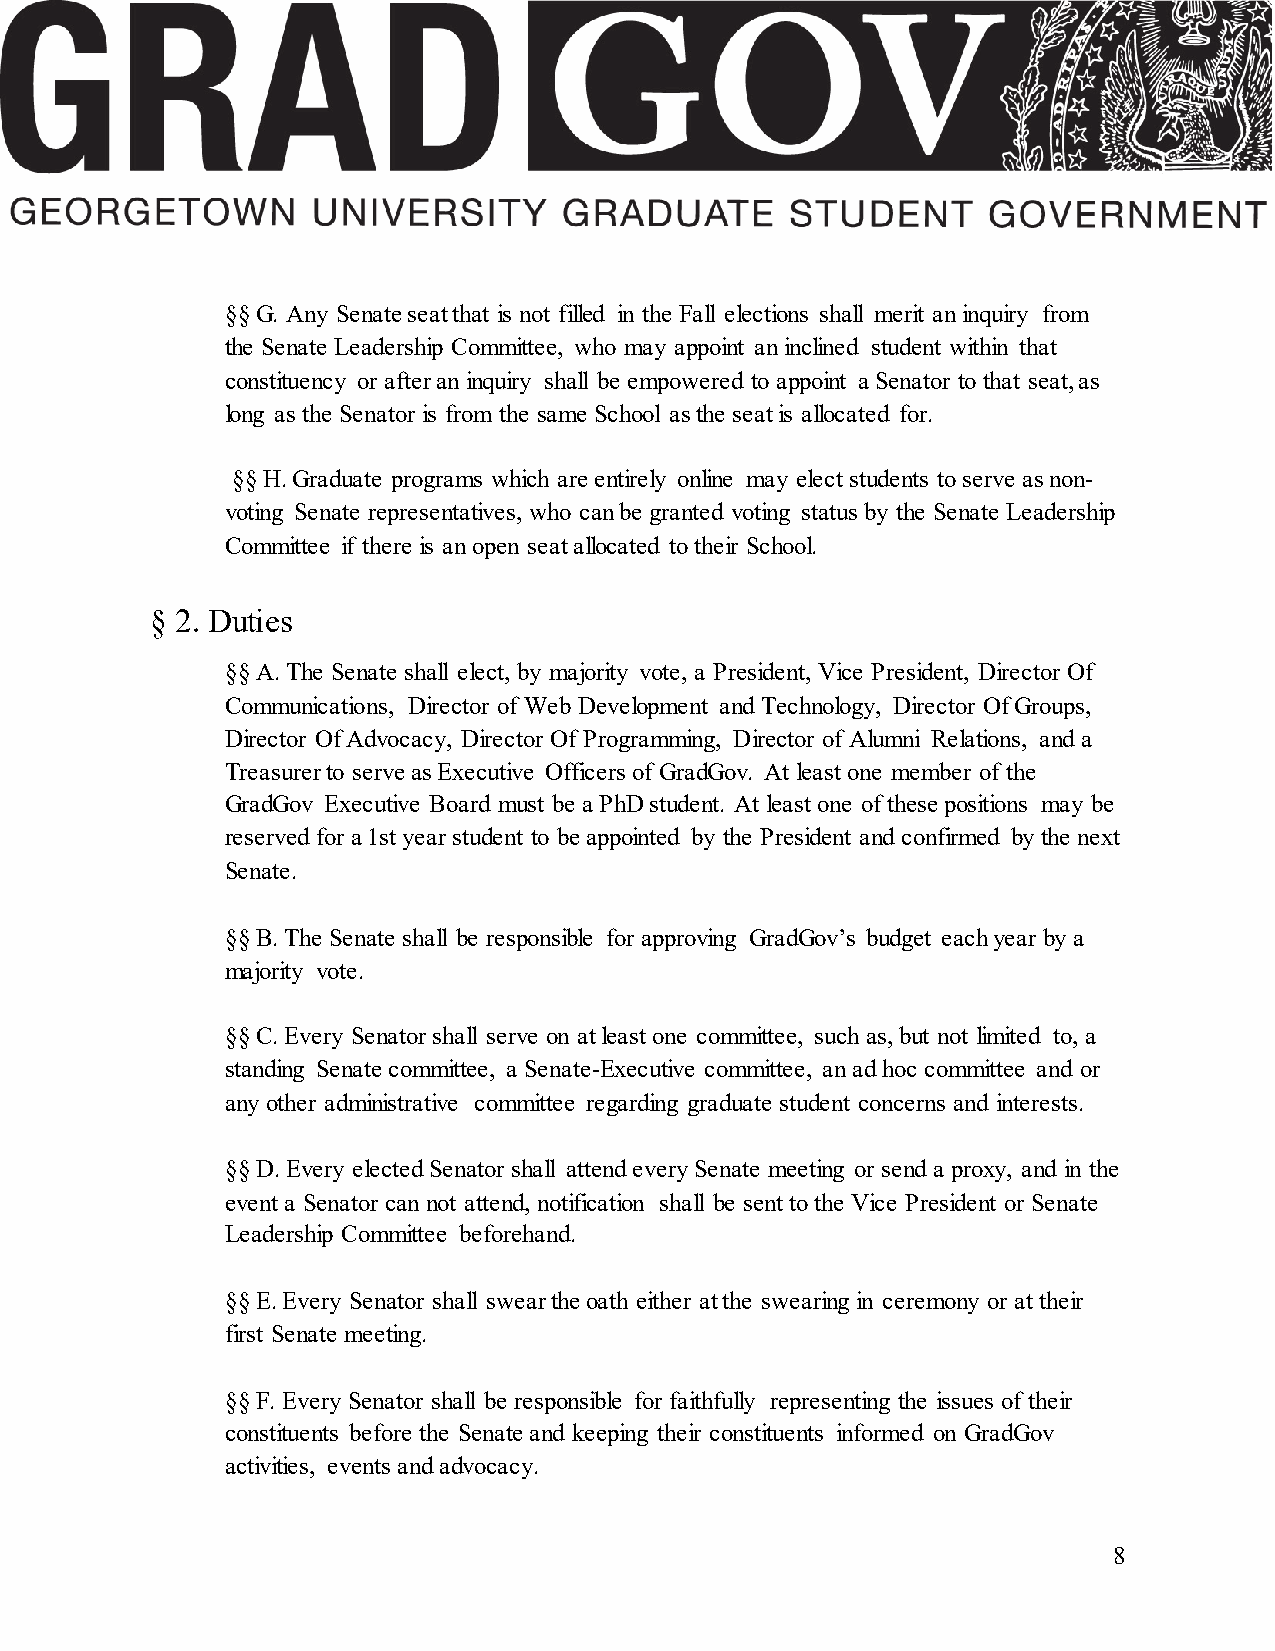
§§ G. Any Senate seat that is not filled in the Fall elections shall merit an inquiry from
 the Senate Leadership Committee, who may appoint an inclined student within that
 constituency or after an inquiry shall be empowered to appoint a Senator to that seat, as
 long as the Senator is from the same School as the seat is allocated for.
 §§ H. Graduate programs which are entirely online may elect students to serve as non-
 voting Senate representatives, who can be granted voting status by the Senate Leadership
 Committee if there is an open seat allocated to their School.
 § 2. Duties
 §§ A. The Senate shall elect, by majority vote, a President, Vice President, Director Of
 Communications, Director of Web Development and Technology, Director Of Groups,
 Director Of Advocacy, Director Of Programming, Director of Alumni Relations, and a
 Treasurer to serve as Executive Officers of GradGov. At least one member of the
 GradGov Executive Board must be a PhD student. At least one of these positions may be
 reserved for a 1st year student to be appointed by the President and confirmed by the next
 Senate.
 §§ B. The Senate shall be responsible for approving GradGov’s budget each year by a
 majority vote.
 §§ C. Every Senator shall serve on at least one committee, such as, but not limited to, a
 standing Senate committee, a Senate-Executive committee, an ad hoc committee and or
 any other administrative committee regarding graduate student concerns and interests.
 §§ D. Every elected Senator shall attend every Senate meeting or send a proxy, and in the
 event a Senator can not attend, notification shall be sent to the Vice President or Senate
 Leadership Committee beforehand.
 §§ E. Every Senator shall swear the oath either at the swearing in ceremony or at their
 first Senate meeting.
 §§ F. Every Senator shall be responsible for faithfully representing the issues of their
 constituents before the Senate and keeping their constituents informed on GradGov
 activities, events and advocacy.
 8